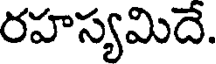
రహస్యమిదే.